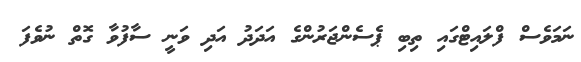
ނަމަވެސް ފްލައިޓްގައި ތިބި ޕެސެންޖަރުންގެ އަދަދު އަދި ވަނީ ސާފުވާ ގޮތް ނުވެފަ